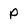
Character: p